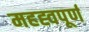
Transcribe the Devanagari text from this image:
महह्वपूर्ण